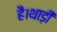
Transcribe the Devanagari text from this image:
है।थाड़ी